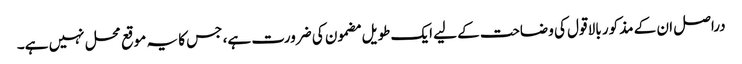
دراصل ان کے مذکور بالا قول کی وضاحت کے لیے ایک طویل مضمون کی ضرورت ہے، جس کا یہ موقع محل نہیں ہے۔